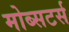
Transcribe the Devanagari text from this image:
मोब्सटर्स